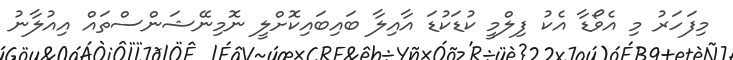
މިފަހަރު މި އެވޯޑާ އެކު ފިލްމީ ކުޑަކުޑަ އާއިލާ ބައިބައިކޮށްލީ ނޮމިނޭޝަންސްތައް އިއުލާނު